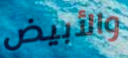
والأبيض